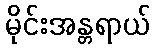
မိုင်းအန္တရာယ်